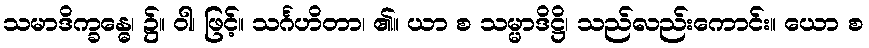
သမာဒိက္ခန္ဓေ၊ ၌။ ဝါ၊ ဖြင့်။ သင်္ဂဟိတာ၊ ၏။ ယာ စ သမ္မာဒိဋ္ဌိ၊ သည်လည်းကောင်း။ ယော စ